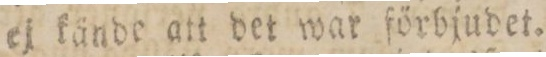
ej kände att det war förbjudet.